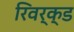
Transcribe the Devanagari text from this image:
रिवर्क्ड